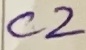
Text: C2